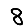
Digit: 8